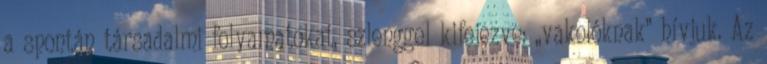
a spontán társadalmi folyama­tokat, szleng­gel kifejezve: „vakolóknak” hívjuk. Az